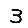
Digit: 3